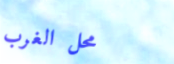
محل الغرب